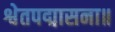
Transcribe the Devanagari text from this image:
श्वेतपद्मासना॥